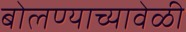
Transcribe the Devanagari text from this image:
बोलण्याच्यावेळी